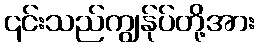
၎င်းသည်ကျွန်ုပ်တို့အား